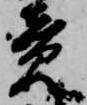
竟